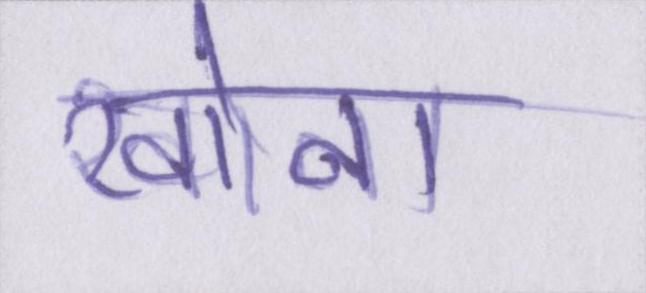
खोना